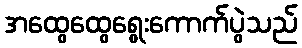
အထွေထွေရွေးကောက်ပွဲသည်